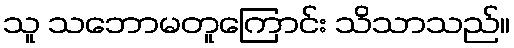
သူ သဘောမတူကြောင်း သိသာသည်။